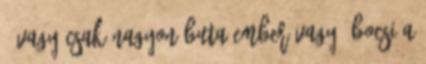
- vagy csak nagyon buta ember vagy. Bocsi a